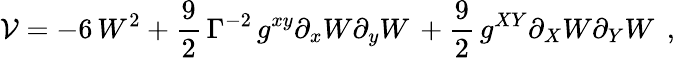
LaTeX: {\cal V}=-6\, W^{2}+\frac{9}{2}\, \Gamma^{-2}\, g^{xy}\partial_{x}W\partial_{y}W\, +\frac{9}{2}\, g^{XY}\partial_{X}W\partial_{Y}W\, \; ,